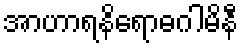
အာဟာရနိရောဓဂါမိနီ